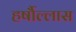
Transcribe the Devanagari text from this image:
हर्षौल्लास